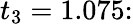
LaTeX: t_{3}=1.075\colon